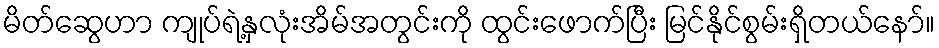
မိတ်ဆွေဟာ ကျုပ်ရဲ့နှလုံးအိမ်အတွင်းကို ထွင်းဖောက်ပြီး မြင်နိုင်စွမ်းရှိတယ်နော်။